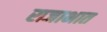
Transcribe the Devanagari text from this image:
राजाभात